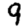
Digit: 9